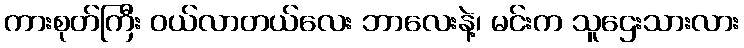
ကားစုတ်ကြီး ဝယ်လာတယ်လေး ဘာလေးနဲ့၊ မင်းက သူဌေးသားလား